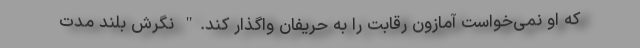
که او نمی‌خواست آمازون رقابت را به حریفان واگذار کند." نگرش بلند مدت